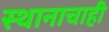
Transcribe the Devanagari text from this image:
स्थानाचाही